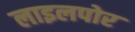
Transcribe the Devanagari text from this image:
लाइलपोर